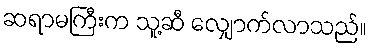
ဆရာမကြီးက သူ့ဆီ လျှောက်လာသည်။